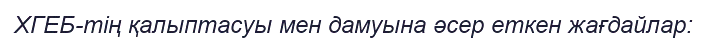
ХГЕБ-тің қалыптасуы мен дамуына әсер еткен жағдайлар: